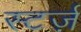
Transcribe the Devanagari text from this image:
स्टर्ज़